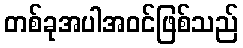
တစ်ခုအပါအဝင်ဖြစ်သည်